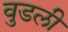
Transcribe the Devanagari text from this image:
वुडली